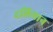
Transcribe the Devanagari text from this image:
दलियान